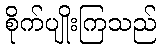
စိုက်ပျိုးကြသည်